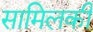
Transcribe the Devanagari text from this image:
सामिलकी